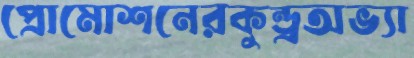
প্রোমোশনেরকুন্ড্রঅভ্যা